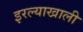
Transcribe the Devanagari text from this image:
इरल्याखाली